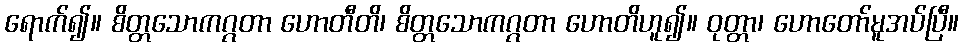
ရောက်၍။ စိတ္တသောကဂ္ဂတာ ဟောတီတိ၊ စိတ္တသောကဂ္ဂတာ ဟောတိဟူ၍။ ဝုတ္တာ၊ ဟောတော်မူအပ်ပြီ။